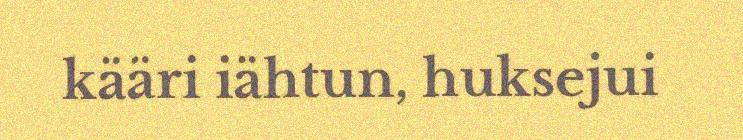
kääri iähtun, huksejui